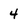
Character: 4